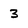
Character: 3